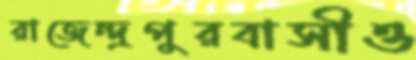
রাজেন্দ্রপুরবাসীও